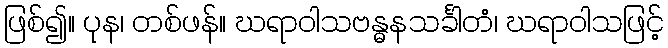
ဖြစ်၍။ ပုန၊ တစ်ဖန်။ ဃရာဝါသဗန္ဓနသင်္ခါတံ၊ ဃရာဝါသဖြင့်